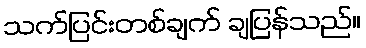
သက်ပြင်းတစ်ချက် ချပြန်သည်။